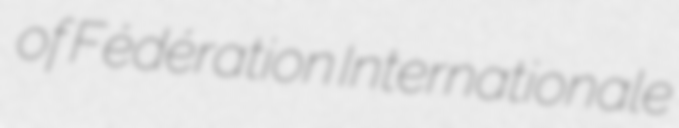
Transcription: of Fédération Internationale